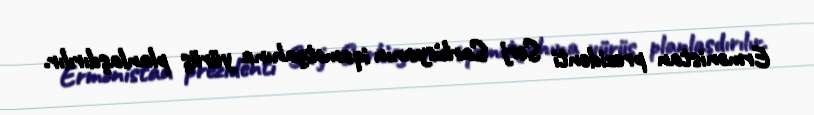
Ermənistan prezidenti Serj Sarkisyanın iqamətgahına yürüş planlaşdırılır.